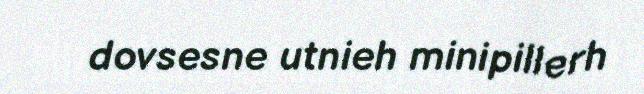
dovsesne utnieh minipillerh